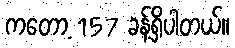
ကတော့ 157 ခန့်ရှိပါတယ်။